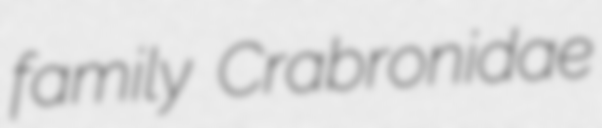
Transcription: family Crabronidae